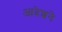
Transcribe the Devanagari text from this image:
आदेशने